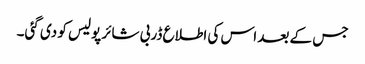
جس کے بعد اس کی اطلاع ڈربی شائر پولیس کو دی گئی۔